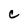
Character: c